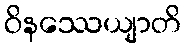
ဝိနဿေယျာတိ